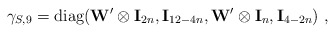
\begin{align*}\gamma_{S,9}={\mbox{diag}}({\bf W}^\prime\otimes {\bf I}_{2n}, {\bf I}_{12-4n}, {\bf W}^\prime \otimes {\bf I}_n, {\bf I}_{4-2n})~,\end{align*}